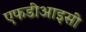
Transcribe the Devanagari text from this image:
एफडीआइसी